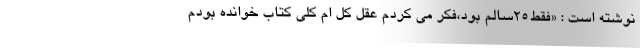
نوشته است : «فقط۲۵سالم بود،فکر می کردم عقل کل ام کلی کتاب خوانده بودم